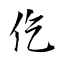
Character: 仡